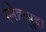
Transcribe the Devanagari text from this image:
स्नेहामुद्रा